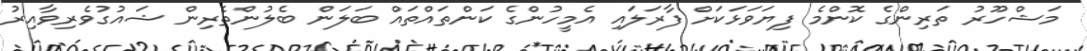
މަޝްހޫރު ތަރިންގެ ކޮންމެ ފިޔަވަޅަކަށް ފާރަލައި އެމީހުންގެ ކަންތައްތައް ބަލަން ބެލުންތެރިން ޝައުގުވެރިވާއިރު